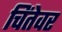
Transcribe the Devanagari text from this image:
चिंतेवर